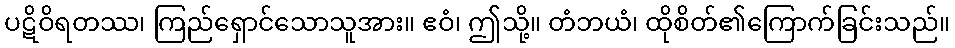
ပဋိဝိရတဿ၊ ကြည်ရှောင်သောသူအား။ ဧဝံ၊ ဤသို့။ တံဘယံ၊ ထိုစိတ်၏ကြောက်ခြင်းသည်။